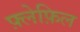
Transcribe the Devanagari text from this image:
फ़्लेफ़िल